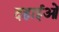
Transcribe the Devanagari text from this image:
दहाईओं